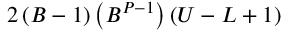
2 \left( B - 1 \right) \left( B ^ { P - 1 } \right) \left( U - L + 1 \right)